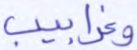
وغرابيب